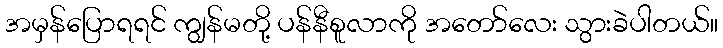
အမှန်ပြောရရင် ကျွန်မတို့ ပန်နီစူလာကို အတော်လေး သွားခဲပါတယ်။